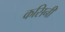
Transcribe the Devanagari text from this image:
कसिनी